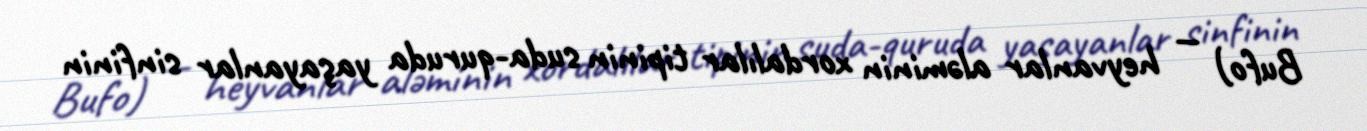
Bufo) — heyvanlar aləminin xordalılar tipinin suda-quruda yaşayanlar sinfinin